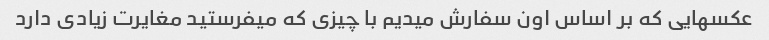
عکسهایی که بر اساس اون سفارش میدیم با چیزی که میفرستید مغایرت زیادی دارد